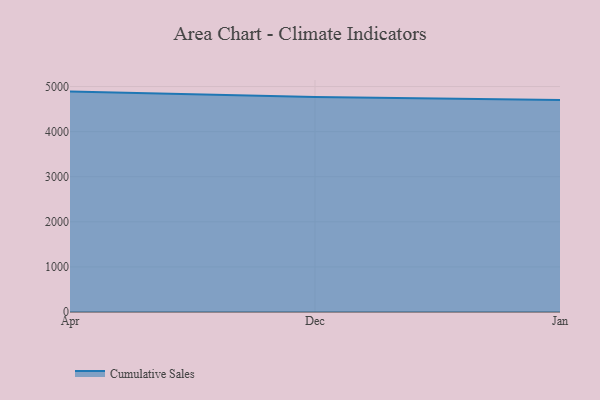
{"axis": {"x": "Month", "y": "Bounce Rate (%)"}, "legend": ["Cumulative Sales"], "data": [{"x": "Apr", "y": 4887.6, "type": "Cumulative Sales"}, {"x": "Dec", "y": 4768.9, "type": "Cumulative Sales"}, {"x": "Jan", "y": 4699.5, "type": "Cumulative Sales"}]}